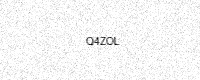
Text: Q4ZOL